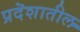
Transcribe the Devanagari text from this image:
प्रदॆशातील